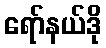
ရော်နယ်ဒို